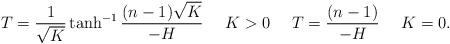
LaTeX: \begin{align*}T=\frac{1}{\sqrt K}\tanh^{-1}\frac{(n-1)\sqrt K}{-H} \ \ \ \ K>0 \ \ \ \ T=\frac{(n-1)}{-H} \ \ \ \ K=0.\end{align*}